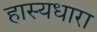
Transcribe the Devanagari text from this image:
हास्यधारा